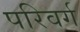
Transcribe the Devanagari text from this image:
परिवर्ग